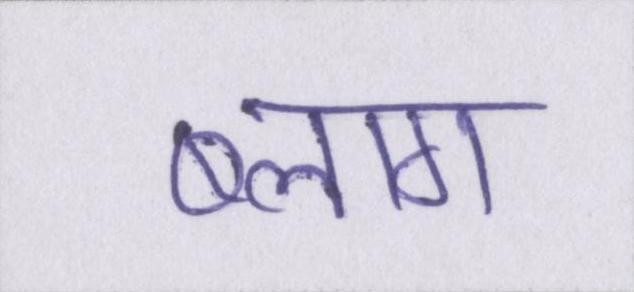
ब्लाग